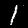
Label: 1